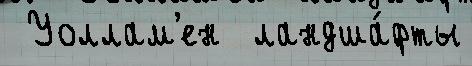
 Уоллам'ен  ландша́фты